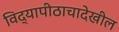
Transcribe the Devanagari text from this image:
विद्यापीठाचादेखील